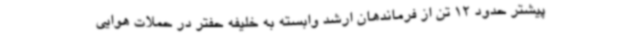
پیشتر حدود 12 تن از فرماندهان ارشد وابسته به خلیفه حفتر در حملات هوایی